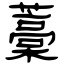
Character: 藁